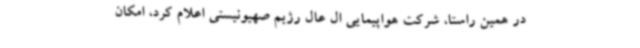
در همین راستا، شرکت هواپیمایی ال عال رژیم صهیونیستی اعلام کرد، امکان